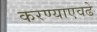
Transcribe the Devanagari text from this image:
करण्याएवढे